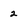
Character: 2